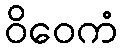
ဝိဝေကံ